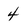
Character: 4